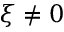
\xi \neq 0